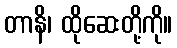
တာနိ၊ ထိုဆေးတို့ကို။